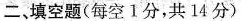
二、填空题(每空1分，共14分)